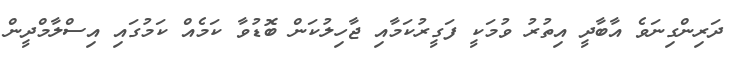
ދަރިންގިނަވެ އާބާދީ އިތުރު ވުމަކީ ފަގީރުކަމާއި ޖާހިލުކަން ބޮޑުވާ ކަމެއް ކަމުގައި އިސްލާމްދީން